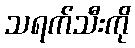
သရက်သီးကို